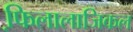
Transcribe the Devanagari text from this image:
फि़लालाजिकल